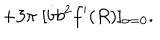
LaTeX: + 3 \pi \; [ \dot { b } b ^ { 2 } f ^ { \prime } ( R ) ] _ { \sigma = 0 } .